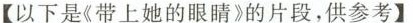
【以下是《带上她的眼睛》的片段，供参考】